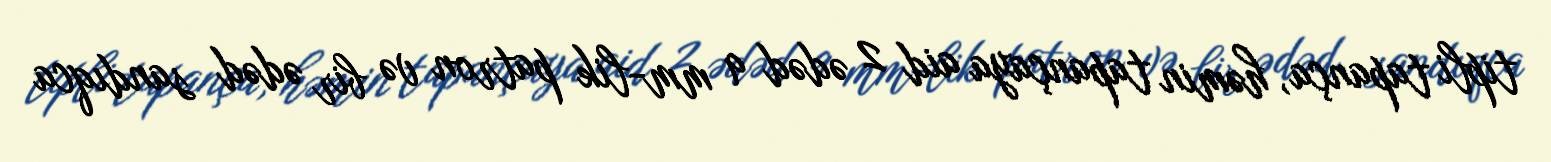
tipli tapança, həmin tapançaya aid 2 ədəd 9 mm-lik patron və bir ədəd sandıqca